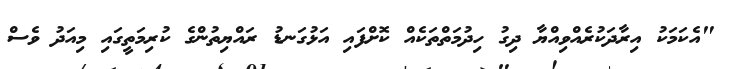
"އެކަމަކު އިރާދަކުރެއްވިއްޔާ ދިގު ހިދުމަތްތަކެއް ކޮށްފައި އަޅުގަނޑު ރައްޔިތުންގެ ކުރިމަތީގައި މިއަދު ވެސް